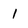
Character: 1